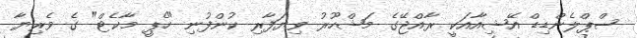
ސްޕްލެންޑިޑް އޭޝިއާއަކީ ރާއްޖޭގެ މަޝްހޫރު ވިޔަފާރި ކުންފުނި "ހެޕީ މާކެޓް" ގެ ވެރިޔާ